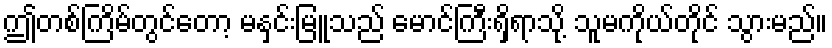
ဤတစ်ကြိမ်တွင်တော့ မနှင်းမြူသည် မောင်ကြီးရှိရာသို့ သူမကိုယ်တိုင် သွားမည်။